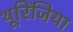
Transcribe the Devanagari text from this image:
थूरिंजिया